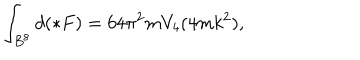
\int _ { B ^ { 8 } } d ( \ast F ) = 6 4 \pi ^ { 2 } m V _ { 4 } ( 4 m k ^ { 2 } ) ,